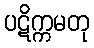
ပဋိက္ကမတု